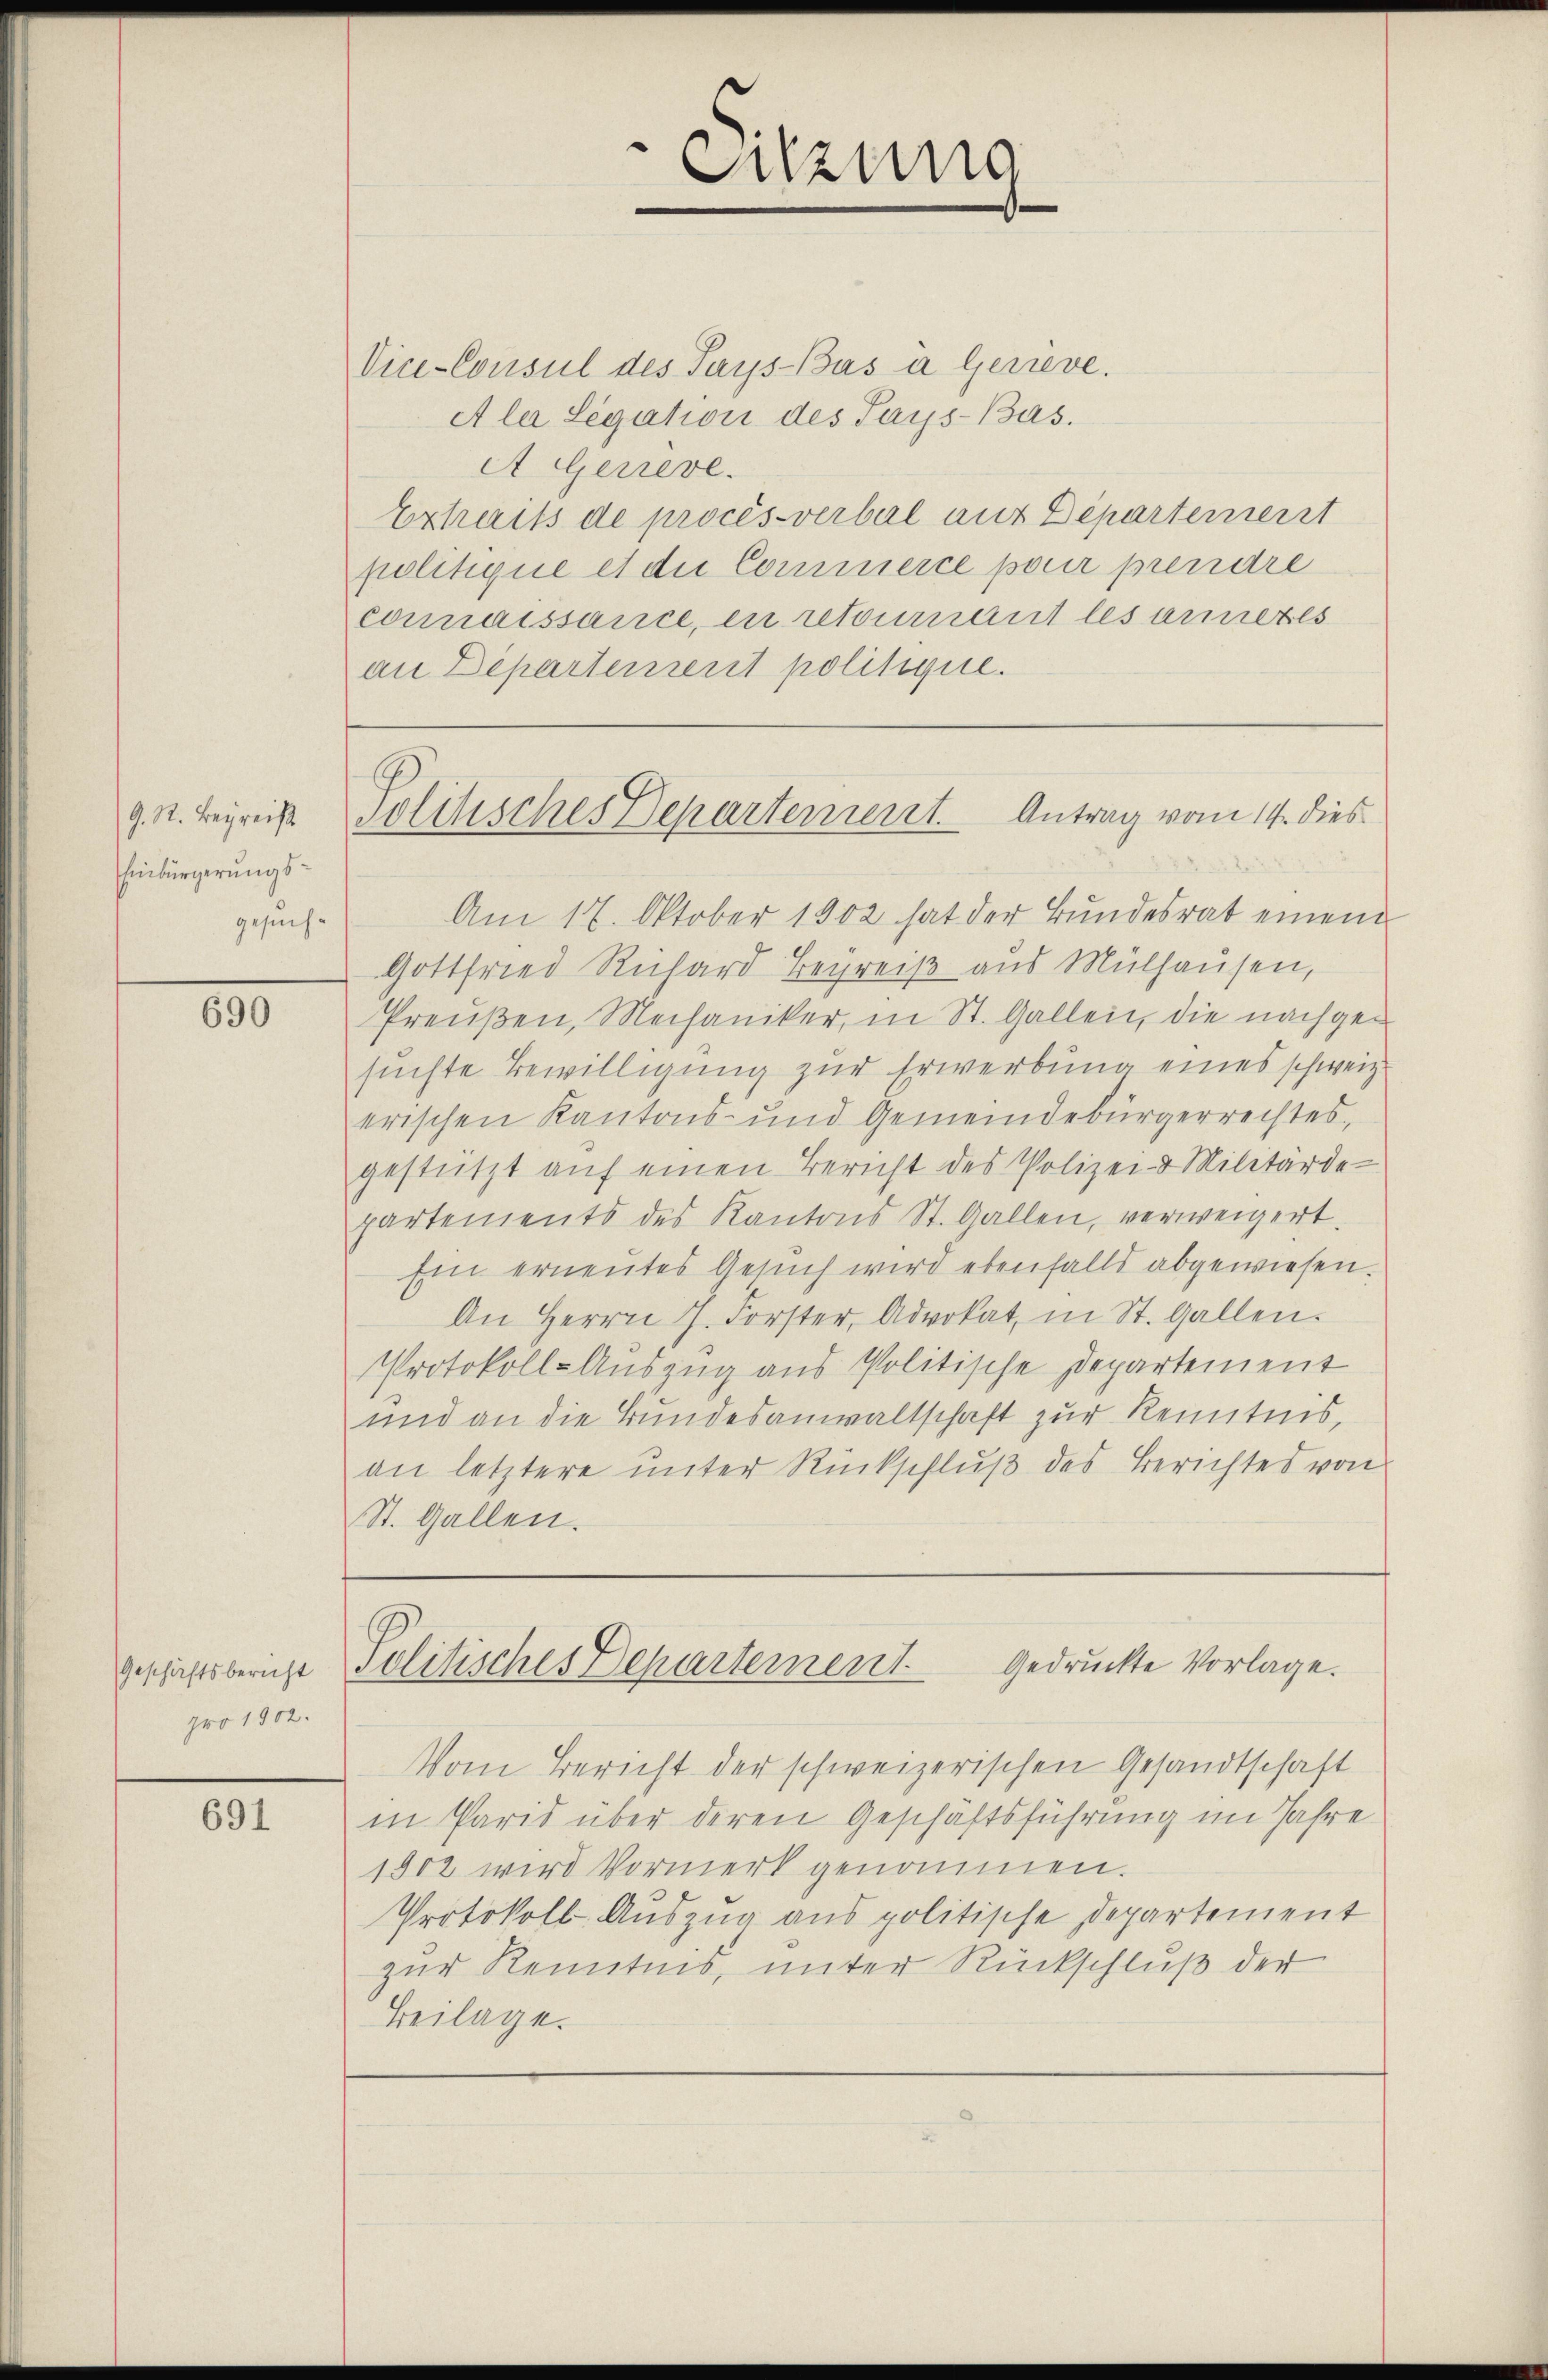
G. R. Beyreiß
hinbürgerungsgesuch¬

690

Geschäftsbericht
pro 1902.

691

Sitzung

Politisches Departement. Antrag vom 14. dies

Vice-Consul des Pays-Bas a Gerieve
Ala Legation des Pays-Bas.
AGGerreve
Exhais de procès-verbal aus Departement
politique et die Commerce pour prendre
connaissance, en retournant les anneres
an Departement politique.

Am 17. Oktober 1902 hat der Bundesrat einem
Gottfried Richard Begreiß aus Mülhausen,
Preußen, Mechaniker, in St. Gallen, die nachgesuchte Bewilligung zur Erwerbung eines schweiz.
erischen Kantons- und Gemeindebürgerrechtes,
gestützt auf einen Bericht des Polizei- & Militärdepartements des Kantons St. Gallen, verweigert.
Ein erneutes Gesuch wird ebenfalls abgewiesen.
An Herrn J. Forster, Advokat in St. Gallen.
Protokoll-Auszug aus Politische Departement
und an die Bundesanwaltschaft zur Kenntnis,
an letztere unter Rückschluß des Berichtes von
St. Gallen.
Politisches Departement
Gedruckte Vorlage.
Vom Bericht der schweizerischen Gesandtschaft
in Paris über deren Geschäftsführung im Jahre
1902 wird Vormerk genommen.
Protokoll Auszug aus politische Departement
zur Kenntnis, unter Rückschluß der
Beilage.